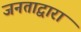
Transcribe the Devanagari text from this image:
जनताद्वारा